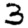
Digit: 3